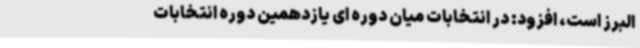
البرز است، افزود: در انتخابات میان دوره ای یازدهمین دوره انتخابات